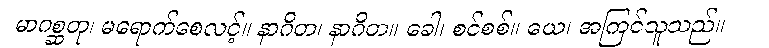
မာဂစ္ဆတု၊ မရောက်စေလင့်။ နာဂိတ၊ နာဂိတ။ ခေါ၊ စင်စစ်။ ယေ၊ အကြင်သူသည်။